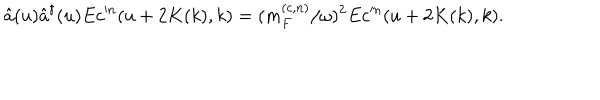
LaTeX: \hat { a } ( u ) \hat { a } ^ { \dagger } ( u ) E c ^ { \prime n } ( u + 2 K ( k ) , k ) = ( m _ { F } ^ { ( c , n ) } / \omega ) ^ { 2 } E c ^ { \prime n } ( u + 2 K ( k ) , k ) .